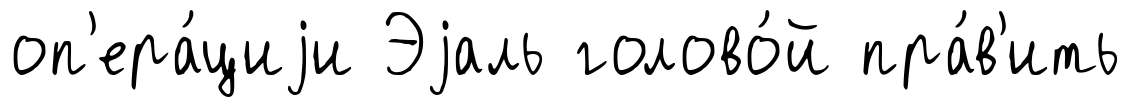
оп'ера́циjи Эjаль голово́й пра́в'ить